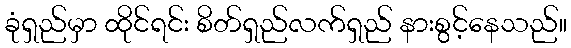
ခုံရှည်မှာ ထိုင်ရင်း စိတ်ရှည်လက်ရှည် နားစွင့်နေသည်။